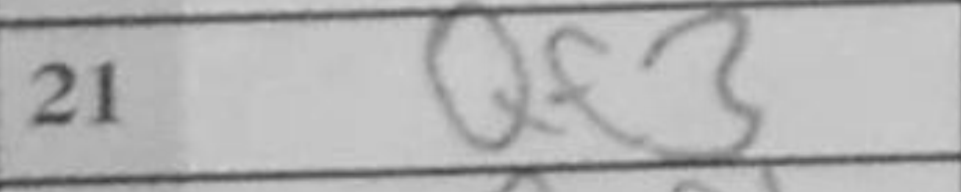
Transcription: Qf3